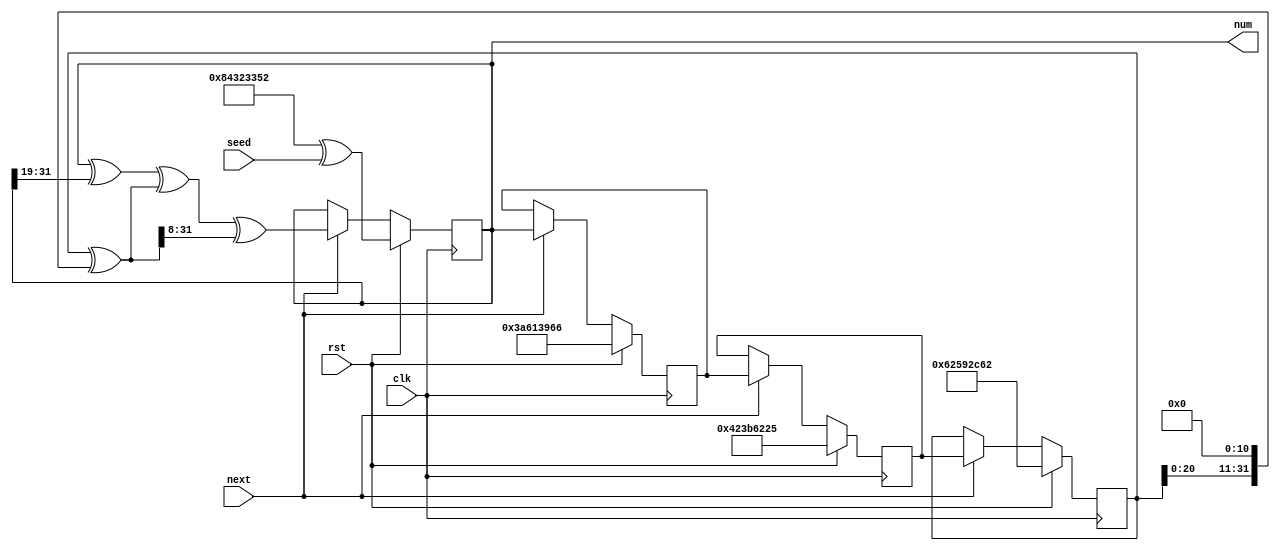
module pn_gen_9 (
    input clk,
    input rst,
    input next,
    input [31:0] seed,
    output reg [31:0] num
  );
  
  localparam SEED = 128'h843233523a613966423b622562592c62;
  
  
  reg [31:0] M_x_d, M_x_q = 1'h0;
  reg [31:0] M_y_d, M_y_q = 1'h0;
  reg [31:0] M_z_d, M_z_q = 1'h0;
  reg [31:0] M_w_d, M_w_q = 1'h0;
  
  reg [31:0] t;
  
  always @* begin
    M_w_d = M_w_q;
    M_x_d = M_x_q;
    M_y_d = M_y_q;
    M_z_d = M_z_q;
    
    num = M_w_q;
    t = M_x_q ^ (M_x_q << 4'hb);
    if (next) begin
      M_x_d = M_y_q;
      M_y_d = M_z_q;
      M_z_d = M_w_q;
      M_w_d = M_w_q ^ (M_w_q >> 5'h13) ^ t ^ (t >> 4'h8);
    end
    if (rst) begin
      M_x_d = 32'h62592c62;
      M_y_d = 32'h423b6225;
      M_z_d = 32'h3a613966;
      M_w_d = 32'h84323352 ^ seed;
    end
  end
  
  always @(posedge clk) begin
    M_x_q <= M_x_d;
    M_y_q <= M_y_d;
    M_z_q <= M_z_d;
    M_w_q <= M_w_d;
  end
  
endmodule